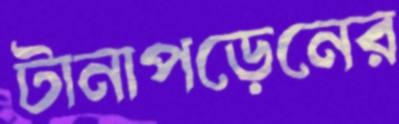
টানাপড়েনের